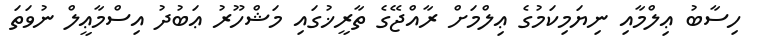
ހިސާބު ޢިލްމާއި ނިޔަމިކަމުގެ ޢިލްމަށް ރާއްޖޭގެ ތާރީޚުގައި މަޝްހޫރު ޢަބުދު އިސްމާޢީލް ނުވަތަ